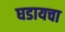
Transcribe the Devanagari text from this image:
घडायचा